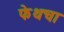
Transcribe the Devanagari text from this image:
फेथचा